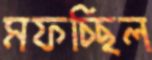
মফচ্ছিল